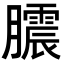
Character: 𭩒